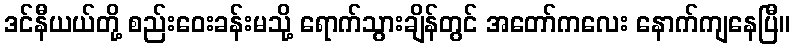
ဒင်နီယယ်တို့ စည်းဝေးခန်းမသို့ ရောက်သွားချိန်တွင် အတော်ကလေး နောက်ကျနေပြီ။